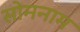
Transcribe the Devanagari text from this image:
सोमनाम